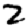
Digit: 2